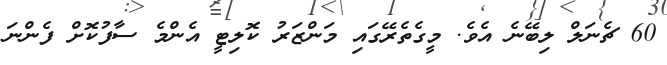
60 ޗެނަލް ލިބޭނެ އެވެ. މީގެތެރޭގައި މަންޒަރު ކޮލިޓީ އެންމެ ސާފުކޮށް ފެންނަ